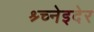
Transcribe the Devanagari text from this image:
श्र्च्नेइदेर